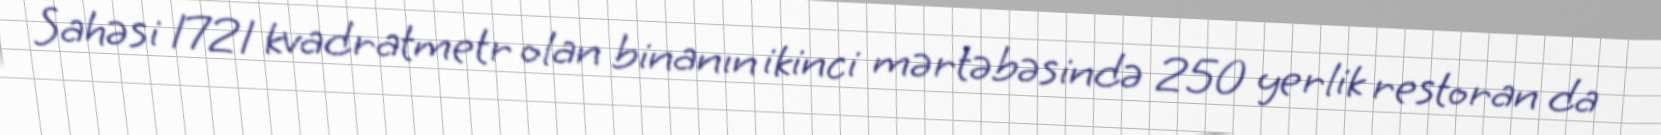
Sahəsi 1721 kvadratmetr olan binanın ikinci mərtəbəsində 250 yerlik restoran da